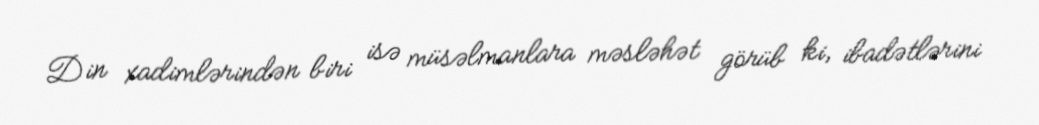
Din xadimlərindən biri isə müsəlmanlara məsləhət görüb ki, ibadətlərini